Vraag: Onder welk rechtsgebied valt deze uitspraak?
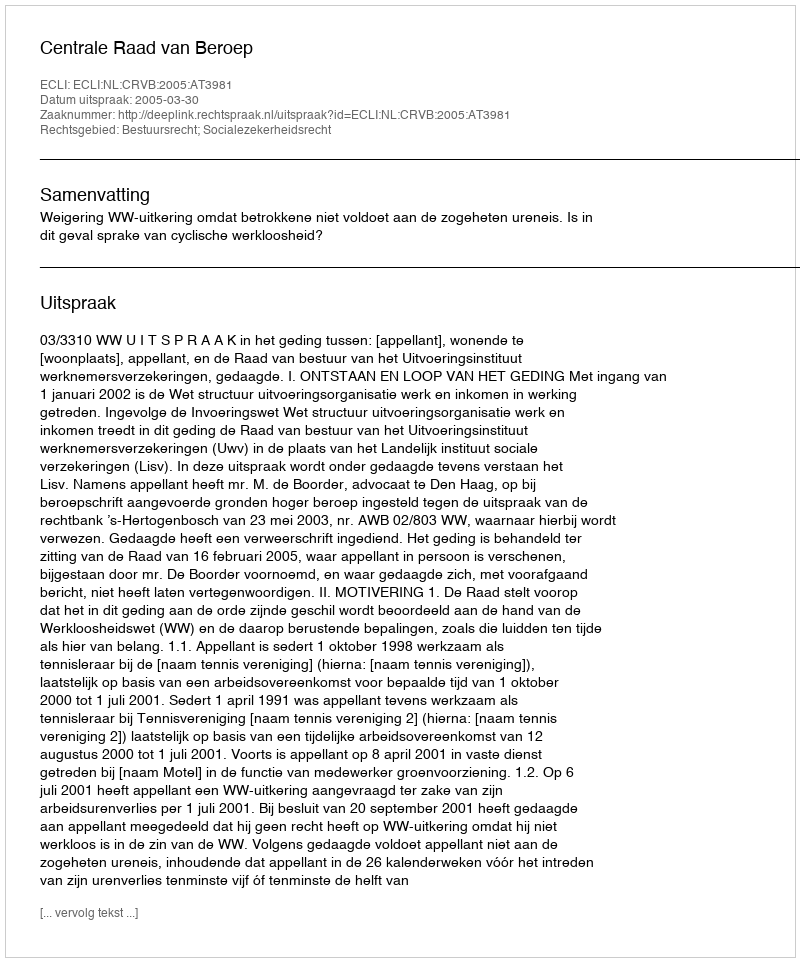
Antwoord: Bestuursrecht; Socialezekerheidsrecht